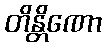
တိန္တိဏော